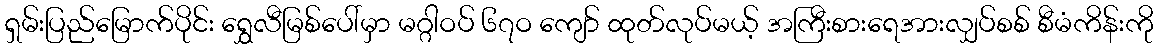
ရှမ်းပြည်မြောက်ပိုင်း ရွှေလီမြစ်ပေါ်မှာ မဂ္ဂါဝပ် ၆၇ဝ ကျော် ထုတ်လုပ်မယ့် အကြီးစားရေအားလျှပ်စစ် စီမံကိန်းကို